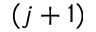
( j + 1 )